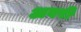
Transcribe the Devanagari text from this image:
अबरी